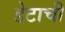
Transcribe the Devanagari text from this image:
डेटाची